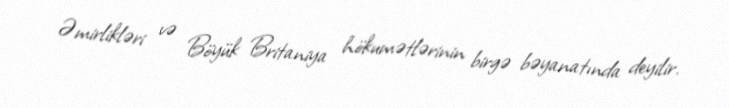
Əmirlikləri və Böyük Britaniya hökumətlərinin birgə bəyanatında deyilir.